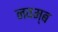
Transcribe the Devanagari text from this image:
नवम्ब